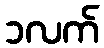
၁လက်